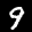
Label: 9